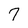
Character: 7